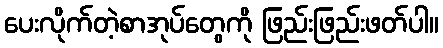
ပေးလိုက်တဲ့စာအုပ်တွေကို ဖြည်းဖြည်းဖတ်ပါ။